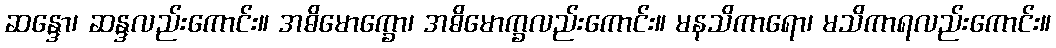
ဆန္ဒော၊ ဆန္ဒလည်းကောင်း။ အဓိမောက္ခော၊ အဓိမောက္ခလည်းကောင်း။ မနသိကာရော၊ မသိကာရလည်းကောင်း။